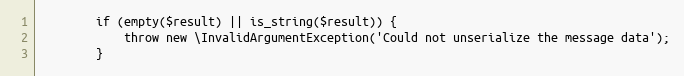
Language: PHP
        if (empty($result) || is_string($result)) {
            throw new \InvalidArgumentException('Could not unserialize the message data');
        }